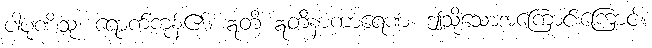
ပါပုဏိံသု၊ ရောက်ကုန်၏။ ဣတိ ဣတိနာကာရေဏ၊ ဤသို့သောအကြောင်းကြောင့်။